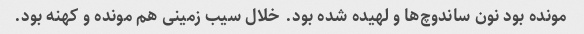
مونده بود نون ساندوچ‌ها و لهیده شده بود. خلال سیب زمینی هم مونده و کهنه بود.